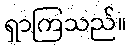
ရှာကြသည်။